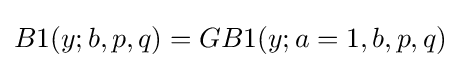
B1(y;b,p,q)=GB1(y;a=1,b,p,q)